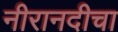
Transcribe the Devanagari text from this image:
नीरानदीचा